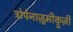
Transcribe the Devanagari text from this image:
ट्रोपेनाज़ूमीक्रूज़ी